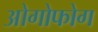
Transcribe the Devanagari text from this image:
ओगोफोग